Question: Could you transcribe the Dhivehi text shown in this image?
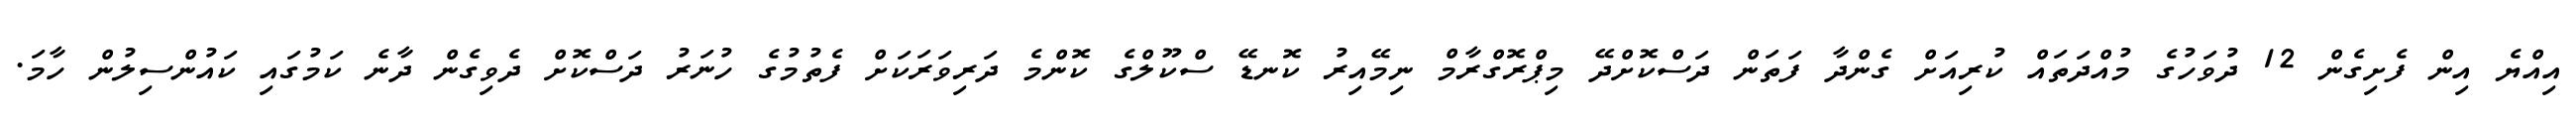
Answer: އިއްޔެ އިން ފެށިގެން 12 ދުވަހުގެ މުއްދަތައް ކުރިއަށް ގެންދާ ފަތަން ދަސްކޮށްދޭ މިޕްރޮގްރާމް ނިމޭއިރު ކޮނޑޭ ސްކޫލްގެ ކޮންމެ ދަރިވަރަކަށް ފެތުމުގެ ހުނަރު ދަސްކޮށް ދެވިގެން ދާނެ ކަމުގައި ކައުންސިލުން ހާމަ.